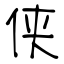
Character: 侠